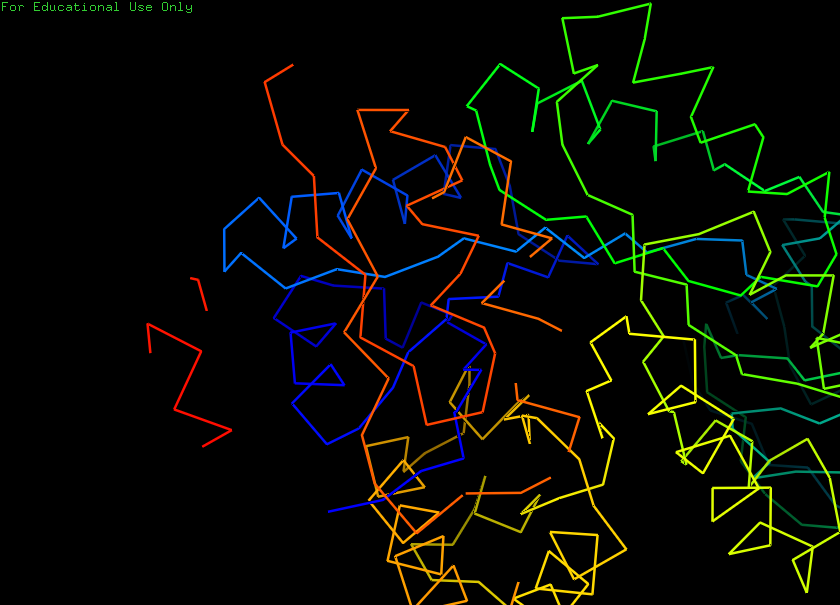
pymol, preset, ligand_sites_dots